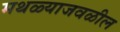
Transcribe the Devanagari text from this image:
मथळ्याजवळील